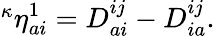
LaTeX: \begin{array}{r}{{^\kappa\eta}_{ai}^{1}=D_{ai}^{ij}-D_{ia}^{ij}.}\end{array}